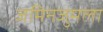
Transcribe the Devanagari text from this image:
जमिनजुमला